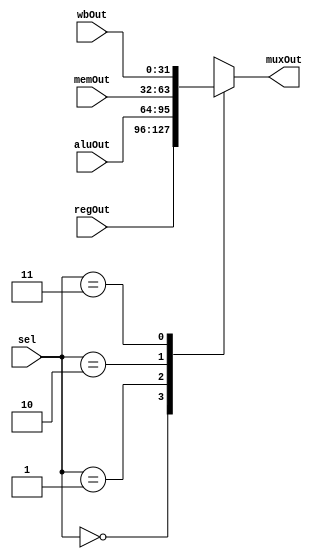
module ForwardMux (regOut, aluOut, memOut, wbOut, sel, muxOut);
	parameter [1:0] REG = 2'b00, ALU = 2'b01, MEM = 2'b10, WB = 2'b11;
	input [31:0] regOut, aluOut, memOut, wbOut;
	input [1:0] sel;
	output reg [31:0] muxOut;
	always @(*) begin
		case (sel)
			REG: muxOut <= regOut;
			ALU: muxOut <= aluOut;
			MEM: muxOut <= memOut;
			WB: muxOut <= wbOut;
		endcase
	end
endmodule